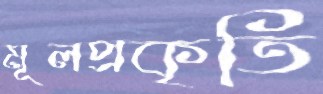
মূলপ্রকৃতি